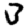
Digit: 3